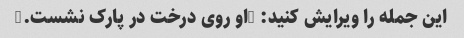
این جمله را ویرایش کنید: "او روی درخت در پارک نشست."